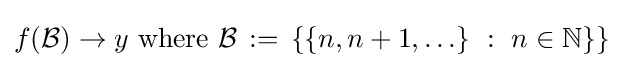
f({\mathcal {B}})\to y{\text{ where }}{\mathcal {B}}\,:=\,\{\{n,n+1,\ldots \}~:~n\in \mathbb {N} \}\}